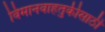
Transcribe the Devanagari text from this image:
विमानवाहतुकीसाठी